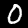
Label: 0